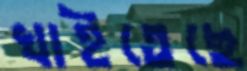
খাইতেছে